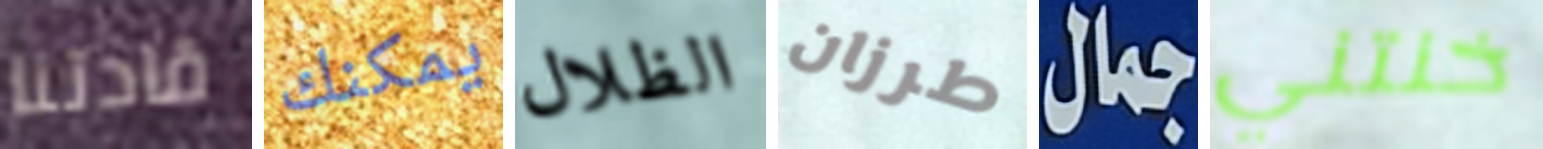
قادتنا يمكنك الظلال طرزان جمال خنتني